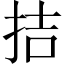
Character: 拮